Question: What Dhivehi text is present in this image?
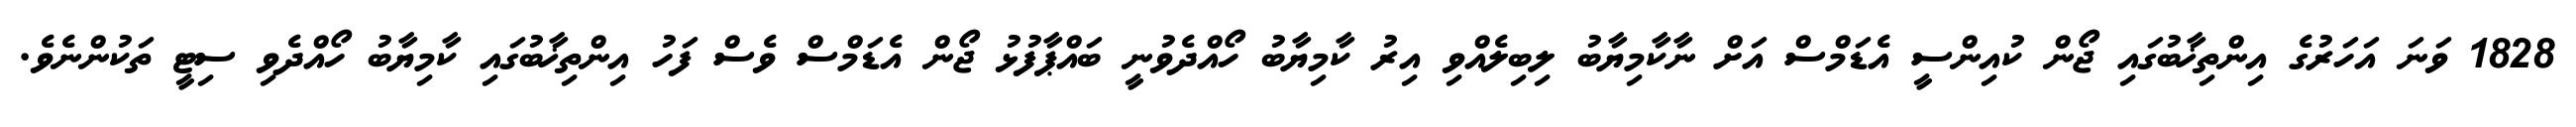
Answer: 1828 ވަނަ އަހަރުގެ އިންތިޚާބުގައި ޖޯން ކުއިންސީ އެޑަމްސް އަށް ނާކާމިޔާބު ލިބިލެއްވި އިރު ކާމިޔާބު ހޯއްދެވުނީ ބައްޕާފުޅު ޖޯން އެޑަމްސް ވެސް ފަހު އިންތިޚާބުގައި ކާމިޔާބު ހޯއްދެވި ސިޓީ ތަކުންނެވެ.